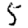
Digit: 5